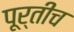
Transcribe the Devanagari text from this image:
पूर्तीच